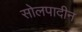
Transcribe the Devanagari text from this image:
सोलपादीन